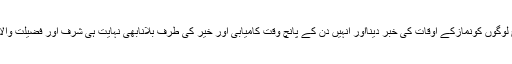
اسی طرح لوگوں کونمازکے اوقات کی خبر دینااور انہیں دن کے پانچ وقت کامیابی اور خیر کی طرف بلانابھی نہایت ہی شرف اور فضیلت والاعمل ہے۔